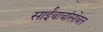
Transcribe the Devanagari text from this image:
साईंबाबांसोबत